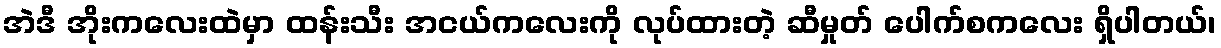
အဲဒီ အိုးကလေးထဲမှာ ထန်းသီး အငယ်ကလေးကို လုပ်ထားတဲ့ ဆီမှုတ် ပေါက်စကလေး ရှိပါတယ်၊